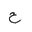
Letter: _ha